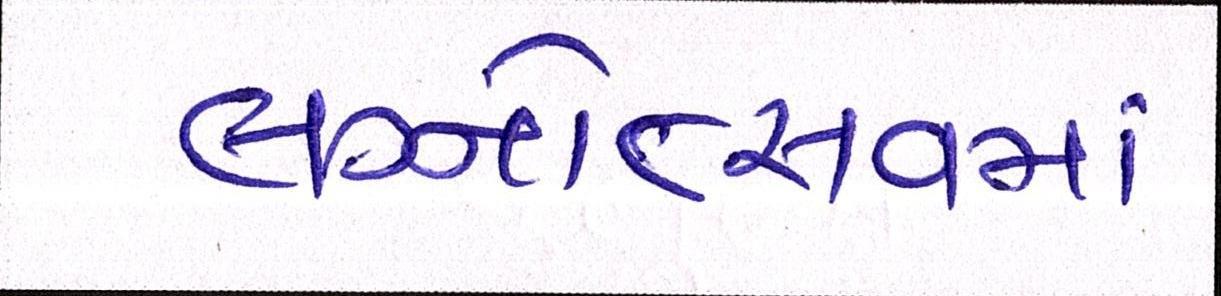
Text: લગ્નોત્સવમાં